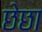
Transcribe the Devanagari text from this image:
छेछा